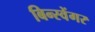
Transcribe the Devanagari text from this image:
बिन्स्वेंगर